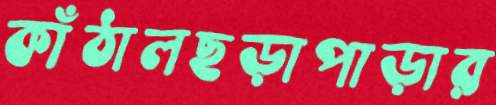
কাঁঠালছড়াপাড়ার